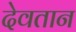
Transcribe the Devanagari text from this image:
देवतान